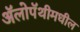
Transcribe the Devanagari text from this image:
ॲलोपॅथीमधील